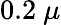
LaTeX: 0.2~\mu